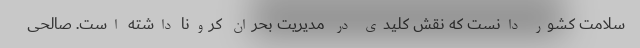
سلامت کشور دانست که نقش کلیدی در مدیریت بحران کرونا داشته است. صالحی